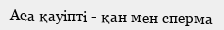
Аса қауіпті - қан мен сперма